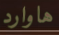
هاوارد